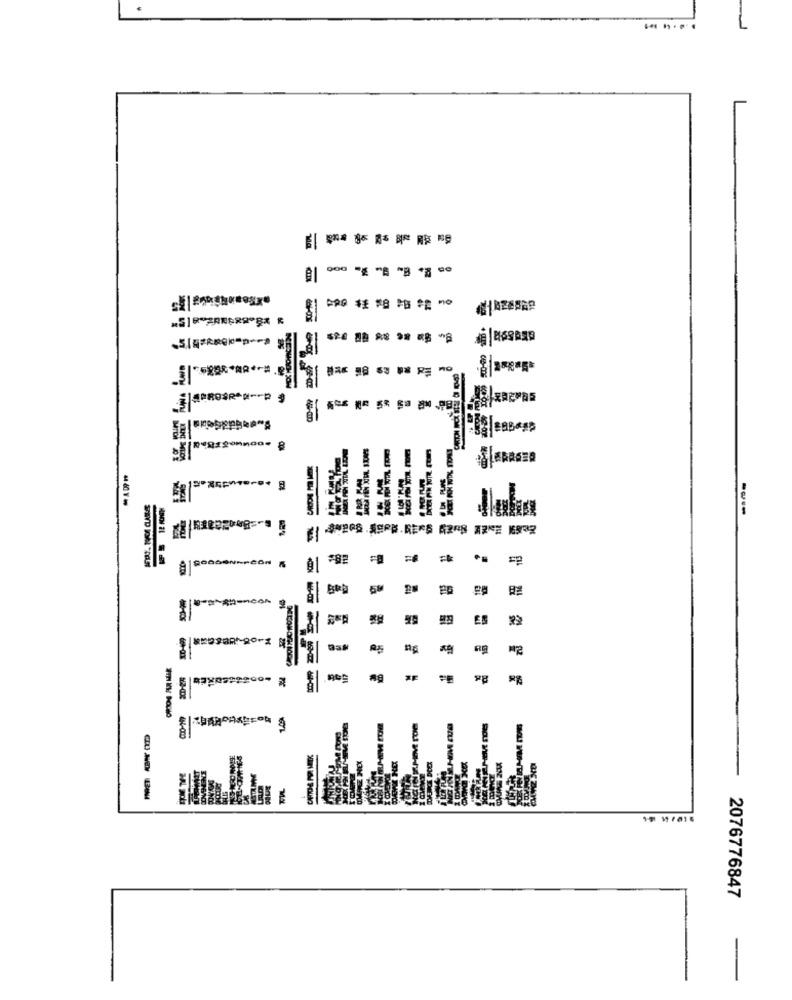
PRO ** * 8 PB *Z no
ga
Bugsgonnaa.
8
---
----
JEMENT
2076776847
-